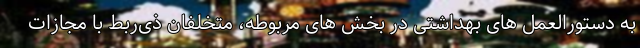
به دستورالعمل های بهداشتی در بخش های مربوطه، متخلفان ذی‌ربط با مجازات